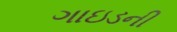
ગાઇડની